Leaving Certificate, 1901
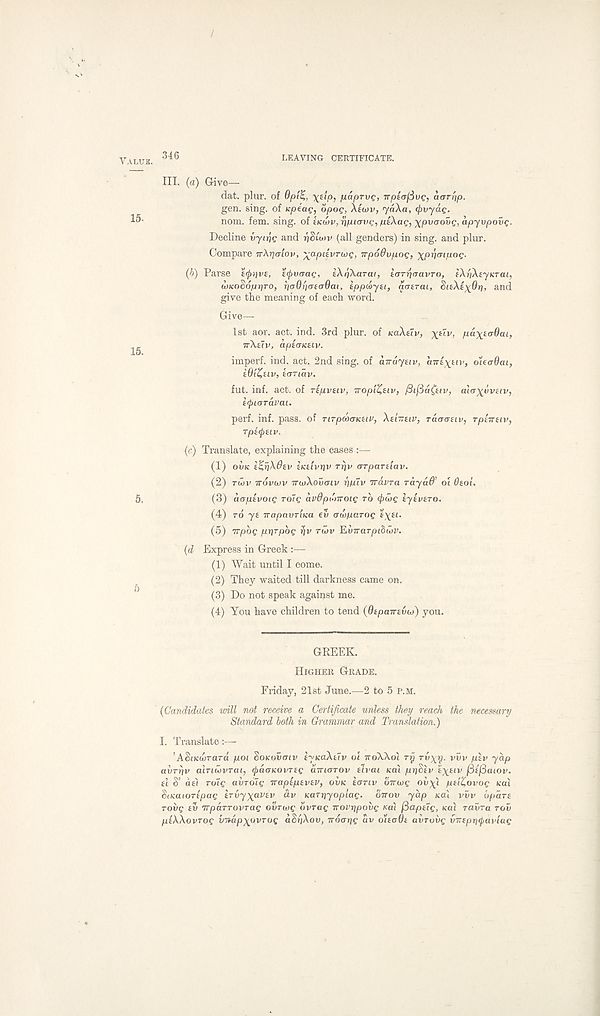
VALUE.
346
LEAVING CERTIFICATE.
III. (a) Give—
dat. plur. of dp'iZ,, \iip, paprvQ, Trpt(r(3vg, aan'ip.
gen. sing, of icpeag, opog, Xtwv, jaXa, (pvyag.
nom. fem. sing, oi £Ku>v,Tip.t(Tvg, /uiXag, xpvoovg, apyvpovg.
Decline vyajg and r)Sio>v (all genders) in sing, and plur.
Compare TrXrjaiov, ^apdvTMg, irpoOvpog, \p7]aipog-
(b) Parse efaivs, zfyvaag, IXrfkaTai, iarpaavTO, fXrjXiyiiTai,
(VKoSopriro, rjaOriaeadat, tppdoyei, tfatrai, SuXt^Qri, and
give the meaning of each word.
Give—
1st aor. act. ind. 3rd plur. of KOXUV, X^v> l bl^Xi<T^ai y
^
irXslv, apiaiceiv.
imperf. ind. act. 2nd sing, of cnrayttv, cnrtxttv, ouadai,
iOi&iv, tcrriav.
fut. inf. act. of ripvtiv, Tropi^eiv,
aiaxvveiv,
hpioravai.
perf. inf. pass, of TiTpcoantiv, Xtimiv, raacruv, TptTniv,
rpitytiv.
(c) Translate, explaining the cases :—
(1) OUK t^rjXOev EKifvrjv ri]v arpaTtiav.
(2) TMV TTOVOtV TTU)XovcnV R/UIV TTaVTCL Tayad’ Ol 0£ol.
5,
(3) aapivoig rote avOpt'nrotg TO (ftwg lyevero.
(4) TO ye irapavTiKa €\> oiopaTog £\Et.
(5) Trpbg prirpbg
TWV EvTraTpibCjv.
(d Express in Greek :—
(1) Wait until I come.
(2) They waited till darkness came on.
(3) Do not speak against me.
(4) You have children to tend (6epairevu>) you.
GREEK.
HIGHER GRADE.
Friday, 21st June.—2 to 5 P.M.
[Candidates will not receive a Certificate unless they reach the necessary
Standard both in Grammar and Translation.)
I. Translate:—
’A$iKu>Tard poi SoKovcnv eyicaXelv oi TTOX\O\ TTJ rv^y. vuv per yap
avTrjv alnwvTai, (paoKOVTeg dmarov tivai KCU pr)bev £X £lv /3if5aiov.
el S’ ae) roig avroig Trapepevev, OVK eonv (incog ovx'i pel^ovog teat
SiKaiorepag eTvyxauev av Karpyopiag. bnov yap teal vvv Spare
rovg ev TrpciTTOVTag ourwe bvrag irovrjpovg Kal fiapeig, teat ravra row
plXXovrog vnapxovTog aSi/Xov, noartg av ouaOe avroiig vnepytyavlag